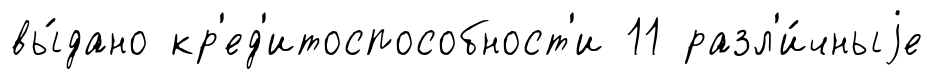
вы́дано кр'ед'итоспособност'и 11 разл'и́чныjе